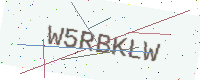
Text: W5RBKLW